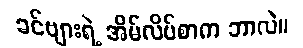
ခင်ဗျားရဲ့ အိမ်လိပ်စာက ဘာလဲ။